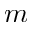
m